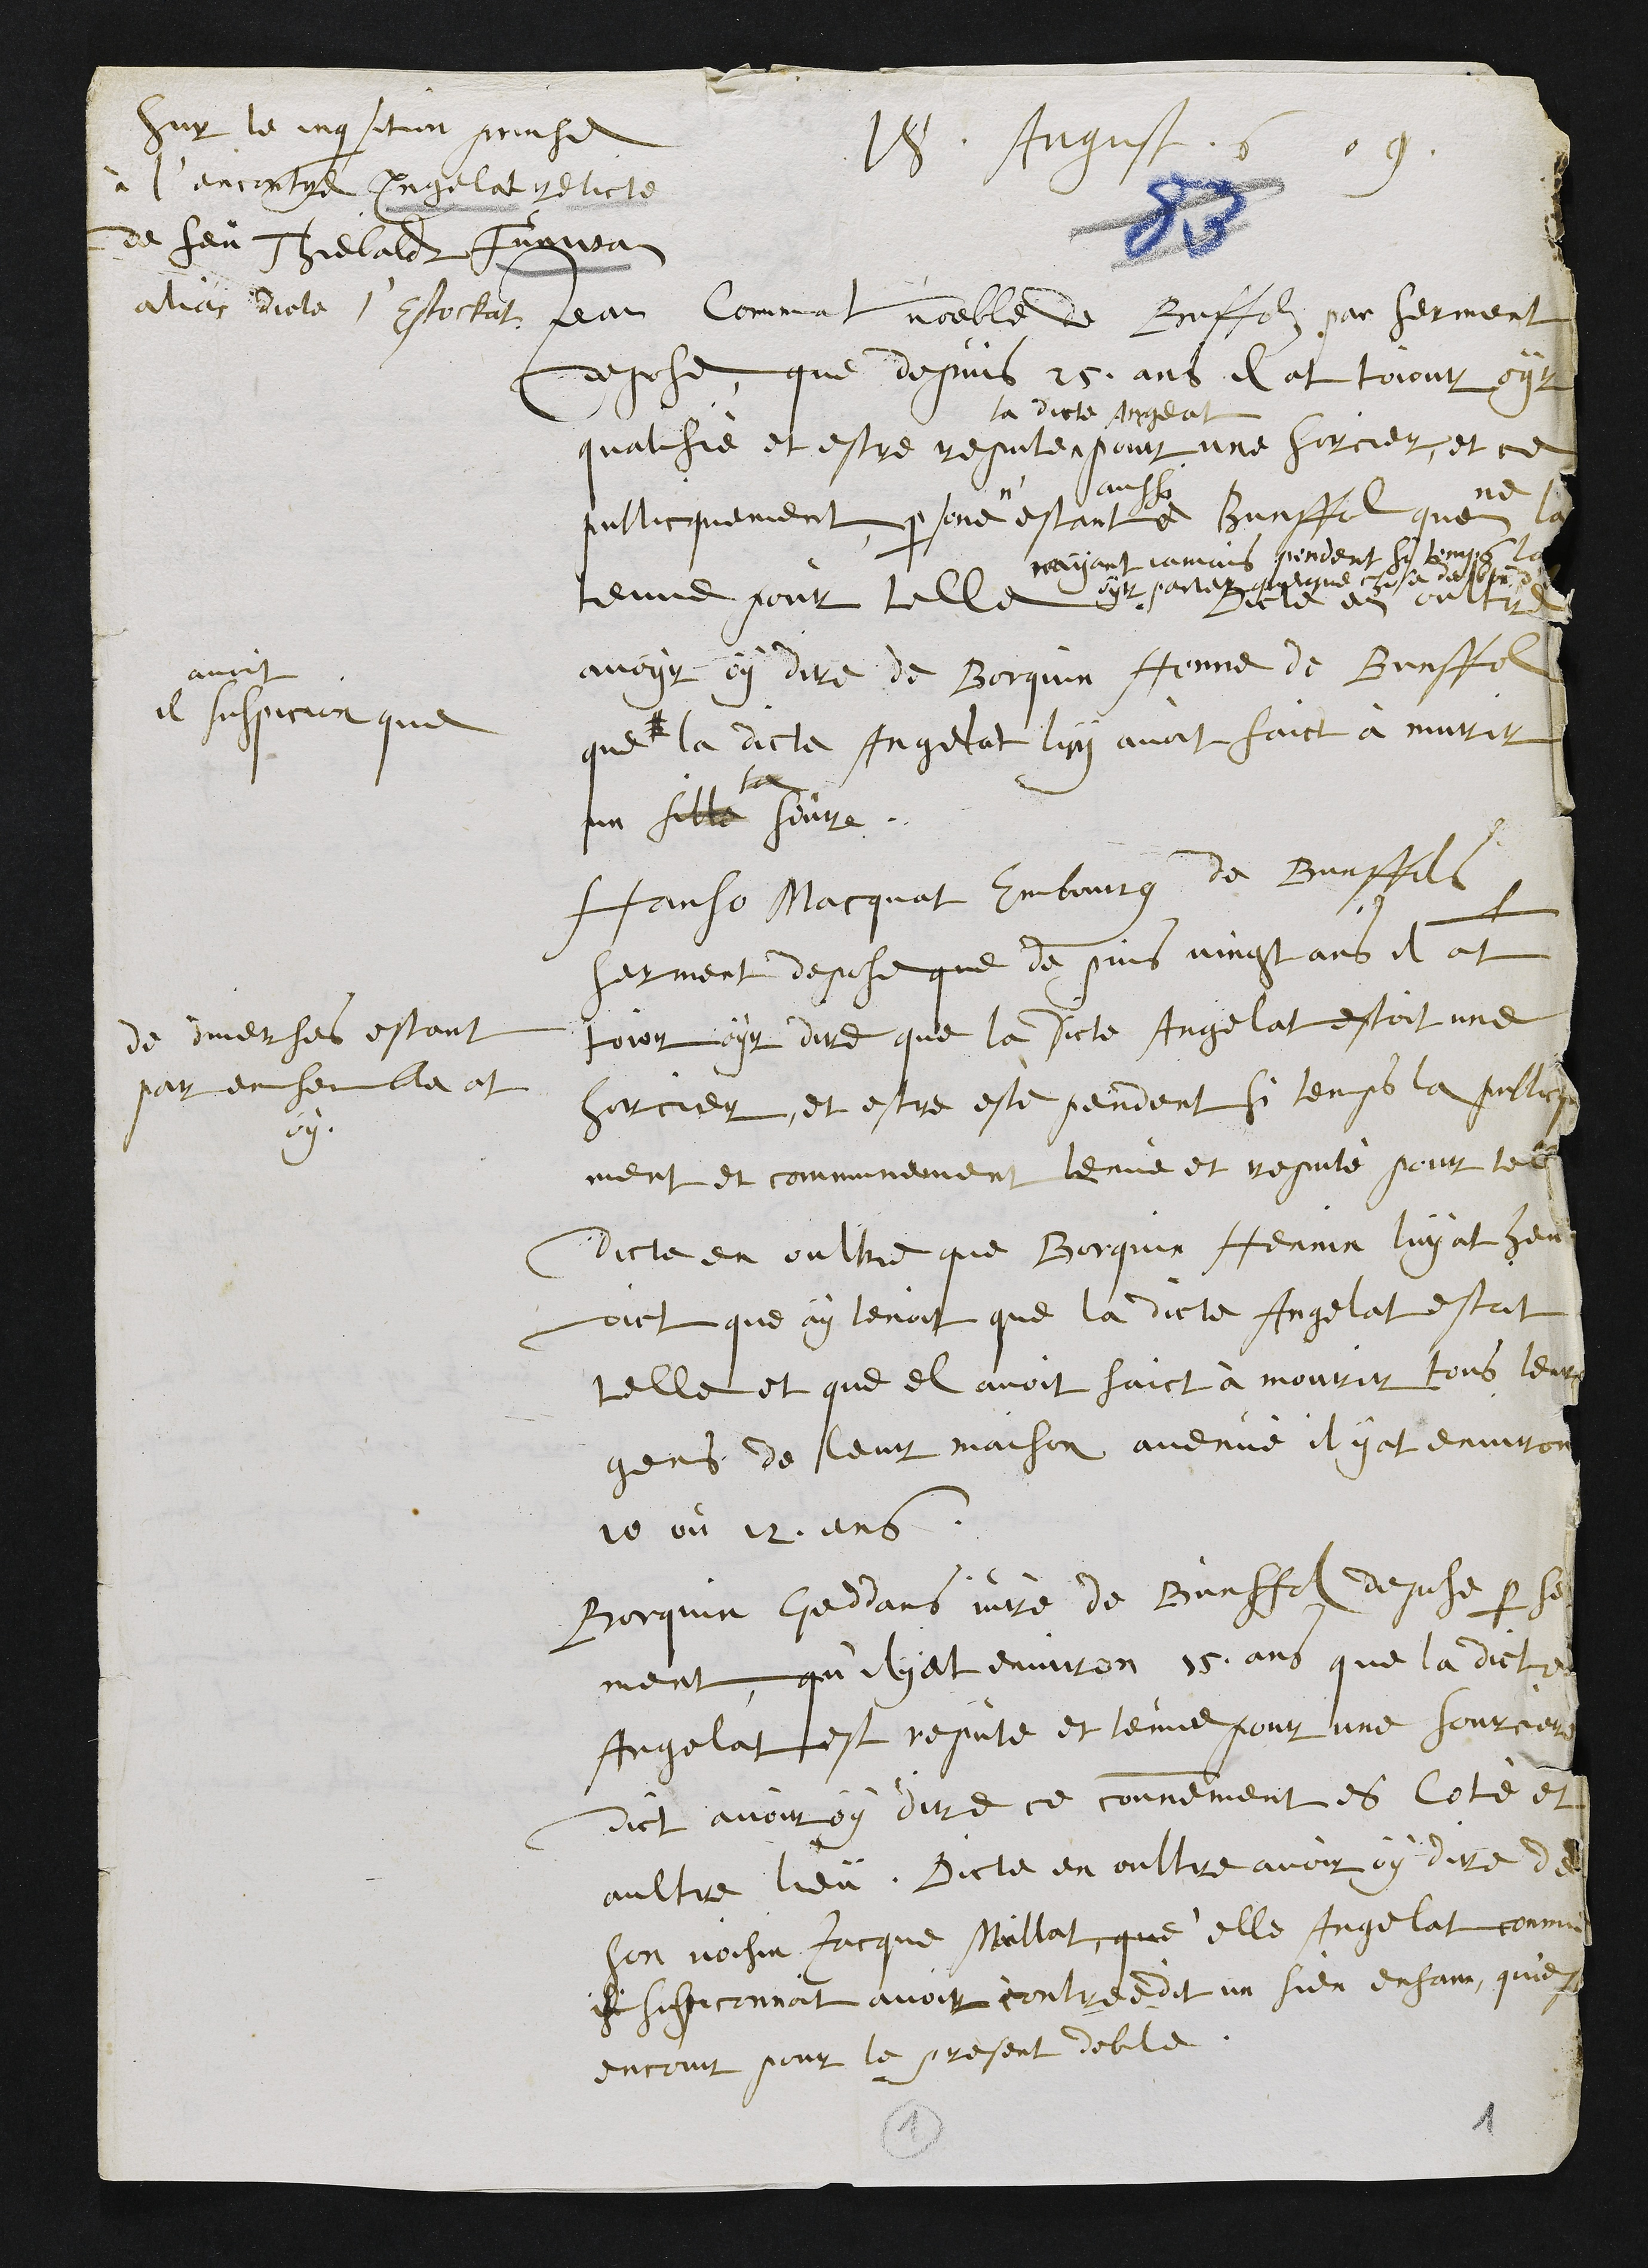
18. August 609.
Suy le inquisition prinse
à l'encontre Engelat relicte
de feu Thiebaldt Fueuvant
allias dicte l'Estockat
Jean Commant vuoeble de Bonffolz par serment
depose que depuis 25 ans il at tojour oyr
qualifié et estre repute
la dicte Angelat
pour une sorcier, et ce
publicquement persone
n'
estant d
ausdit
Bonffolz quon
ne
la
tenne pour telle
nayant jamais pendant si temps la
oyr parler quelque chose de bon d'elle
Dict en oultre
avoir oy dire de Borquin Henne de Bonffol
que #
il
avoit
suspicion que
la dicte Angelat luy avoit faict à murir
sa
un fille seure
Hanso Macquat Embourg de Bonffols
serment depose que de puis vingt ans il at
+
de diverses estant
par ensemble at
oy
tojor oyr dire que la dicte Angelat estoit une
sorcier, et estre este pendant si temps la publicque¬
ment et communement tenue et reputé pour telle
dicte en oultre que Borquin Hennin luy at heu
dict que ay tenoit que la dicte Angelat estoit
telle et que el avoit faict à mourir tous leur
gens de leur maison avenue il y at environ
10 ou 12 ans
Borquin Goddars juré de Bunffol depose par ser¬
ment quil y at environ 15 ans que la dicte
Angelat est repute et tenue pour une sourciere
Dict avoir oy dire ce comunement es Coté et
aultre lieu. Dicte en oultre avoir oy dire de
son voisin Jacque Maillat que elle Angelat comme
il suspiconnoit avoir contredit un sien enfans quest
encour pour le present debile